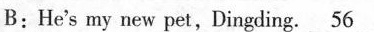
B:He's my new pet,Dingding. \underline{56}